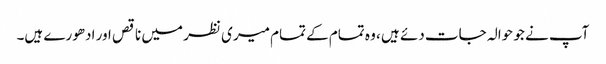
آپ نے جو حوالہ جات دئے ہیں ، وہ تمام کے تمام میری نظر میں ناقص اور ادھورے ہیں۔